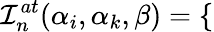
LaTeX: \mathcal{I}_{n}^{at}(\alpha_{i},\alpha_{k},\beta)=\left\lbrace\begin{array}{rl}\end{array}\right.